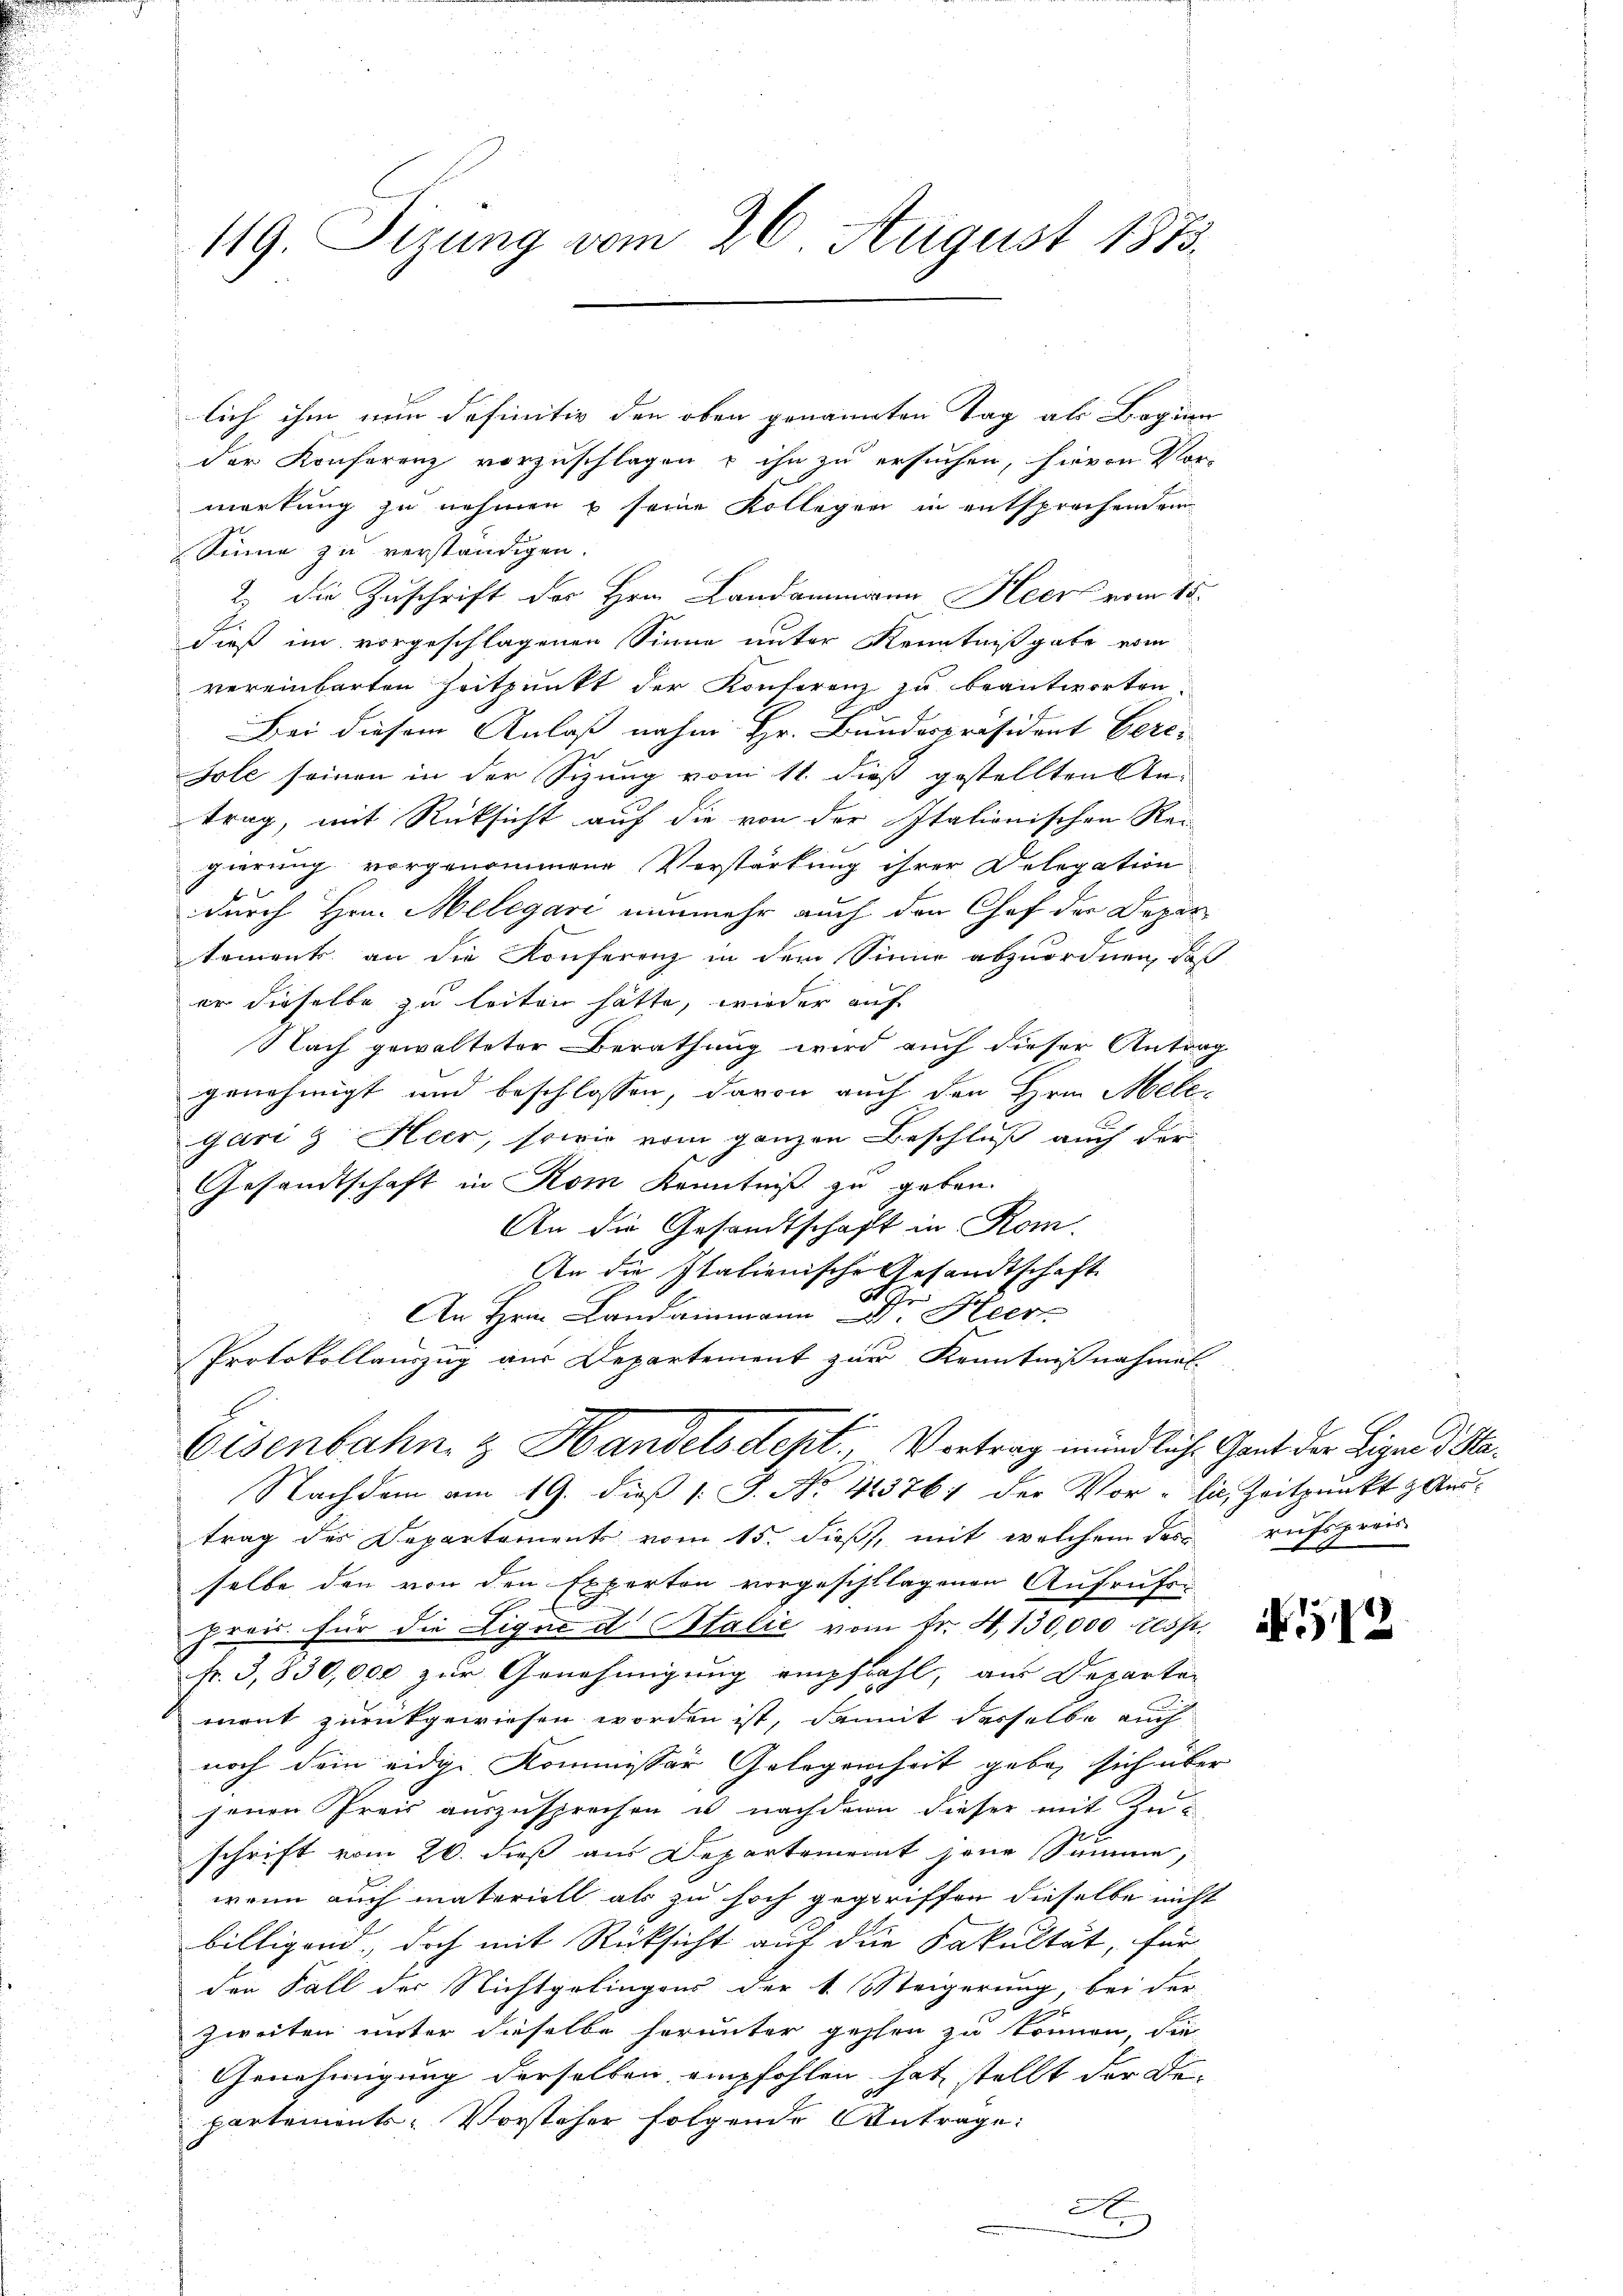
119. Sitzung vom 26. August 1873.

lich ihm nun definitiv den oben genannten Tag als Beginn
der Konferenz vorzuschlagen u ihn zu ersuchen, hievon Vor-
markung zu nehmen u seine Kollegen in entsprechendem
Sinne zu verständigen
2.) Die Zuschrift des Hrn. Landammann Heer vom 15.
dieß im vorgeschlagenen Sinne unter Kenntnißgabe vom
vereinbarten Zeitpunkt der Konferenz zu beantworten.
Bei diesem Anlaß nahm Hr. Bundespräsident berei
Jole seinen in der Sizung vom 11. dieß gestellten Antrag, mit Rücksicht auf die von der Italionischen Rei-
gierung vorgenommene Verstärkung ihrer Delegation

durch Hrn. Melegari nunmehr auch den Chef der Departements an die Konferenz in dem Sinne abzuordnen, daß
er dieselbe zu leiten hätte, wieder auf
Nach gewalteter Berathung wird auch dieser Antrag
genehmigt und beschlossen, davon auch den Hrn. Melc
gari & Heer, sowie vom ganzen Beschluß auch der
Gesandtschaft in Rom Kenntniß zu geben.
An die Gesandtschaft in Rom.
An die Italienische Gesandtschaft
N
An Hrn. Landammann Dr. Heer
Protokollauszug aus Departement zur Kenntnißnahmal
Eisenbahn & Handelsdept, Vortrag mündliche Gant der Ligen d. Sta¬
Nachdem am 19. dieß (: S. No. 42376; der Vor-sil, Zeitpunkt & Austrag des Departements vom 15. dieß, mit welchem das rufspreis
selbe den von den Experton vorgeschlagenen Aufrufen
prois für die Lique d. Stalie vom Fr. 4130,000 resp.
fr. 3,830,000 zur Genehmigung empfiehl, am Departe
ment zurückgewiesen worden ist, damit desselbe auch
noch dem eidge Kommissär Gelegenheit geben sich über
jenen Preis auszusprechen u nachdem dieser mit Zus
schrift vom 26. dieß aus Departement jene Summe,
wenn auch materiell als zu hoch gegriffen dieselbe nicht
billigend, doch mit Rücksicht auf die Fakultät, für
den Fall der Nichtgelingens der 1. Meigerung, bei der
.
zweiten unter dieselbe herunter gehen zu können, die
Genehmigung derselben empfohlen hat stellt der Be-
partements-Vorsteher folgende Antrage:
L

N. 112